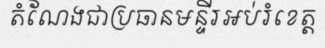
តំណែងជាប្រធានមន្ទីរអប់រំខេត្ត